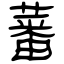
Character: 蕃